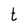
Character: t